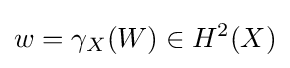
w=\gamma _{X}(W)\in H^{2}(X)